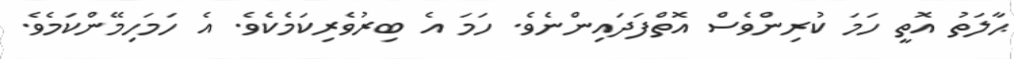
ޙާލަތު އޮތީ ހަމަ ކުރިންވެސް އޮތްފަދައިންނެވެ. ހަމަ އެ ބިރުވެރިކަމެކެވެ. އެ ހަމަހިމޭންކަމެވެ.